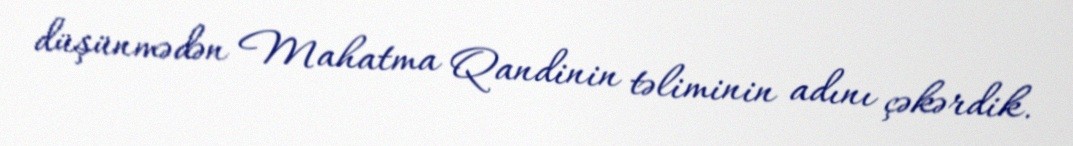
düşünmədən Mahatma Qandinin təliminin adını çəkərdik.